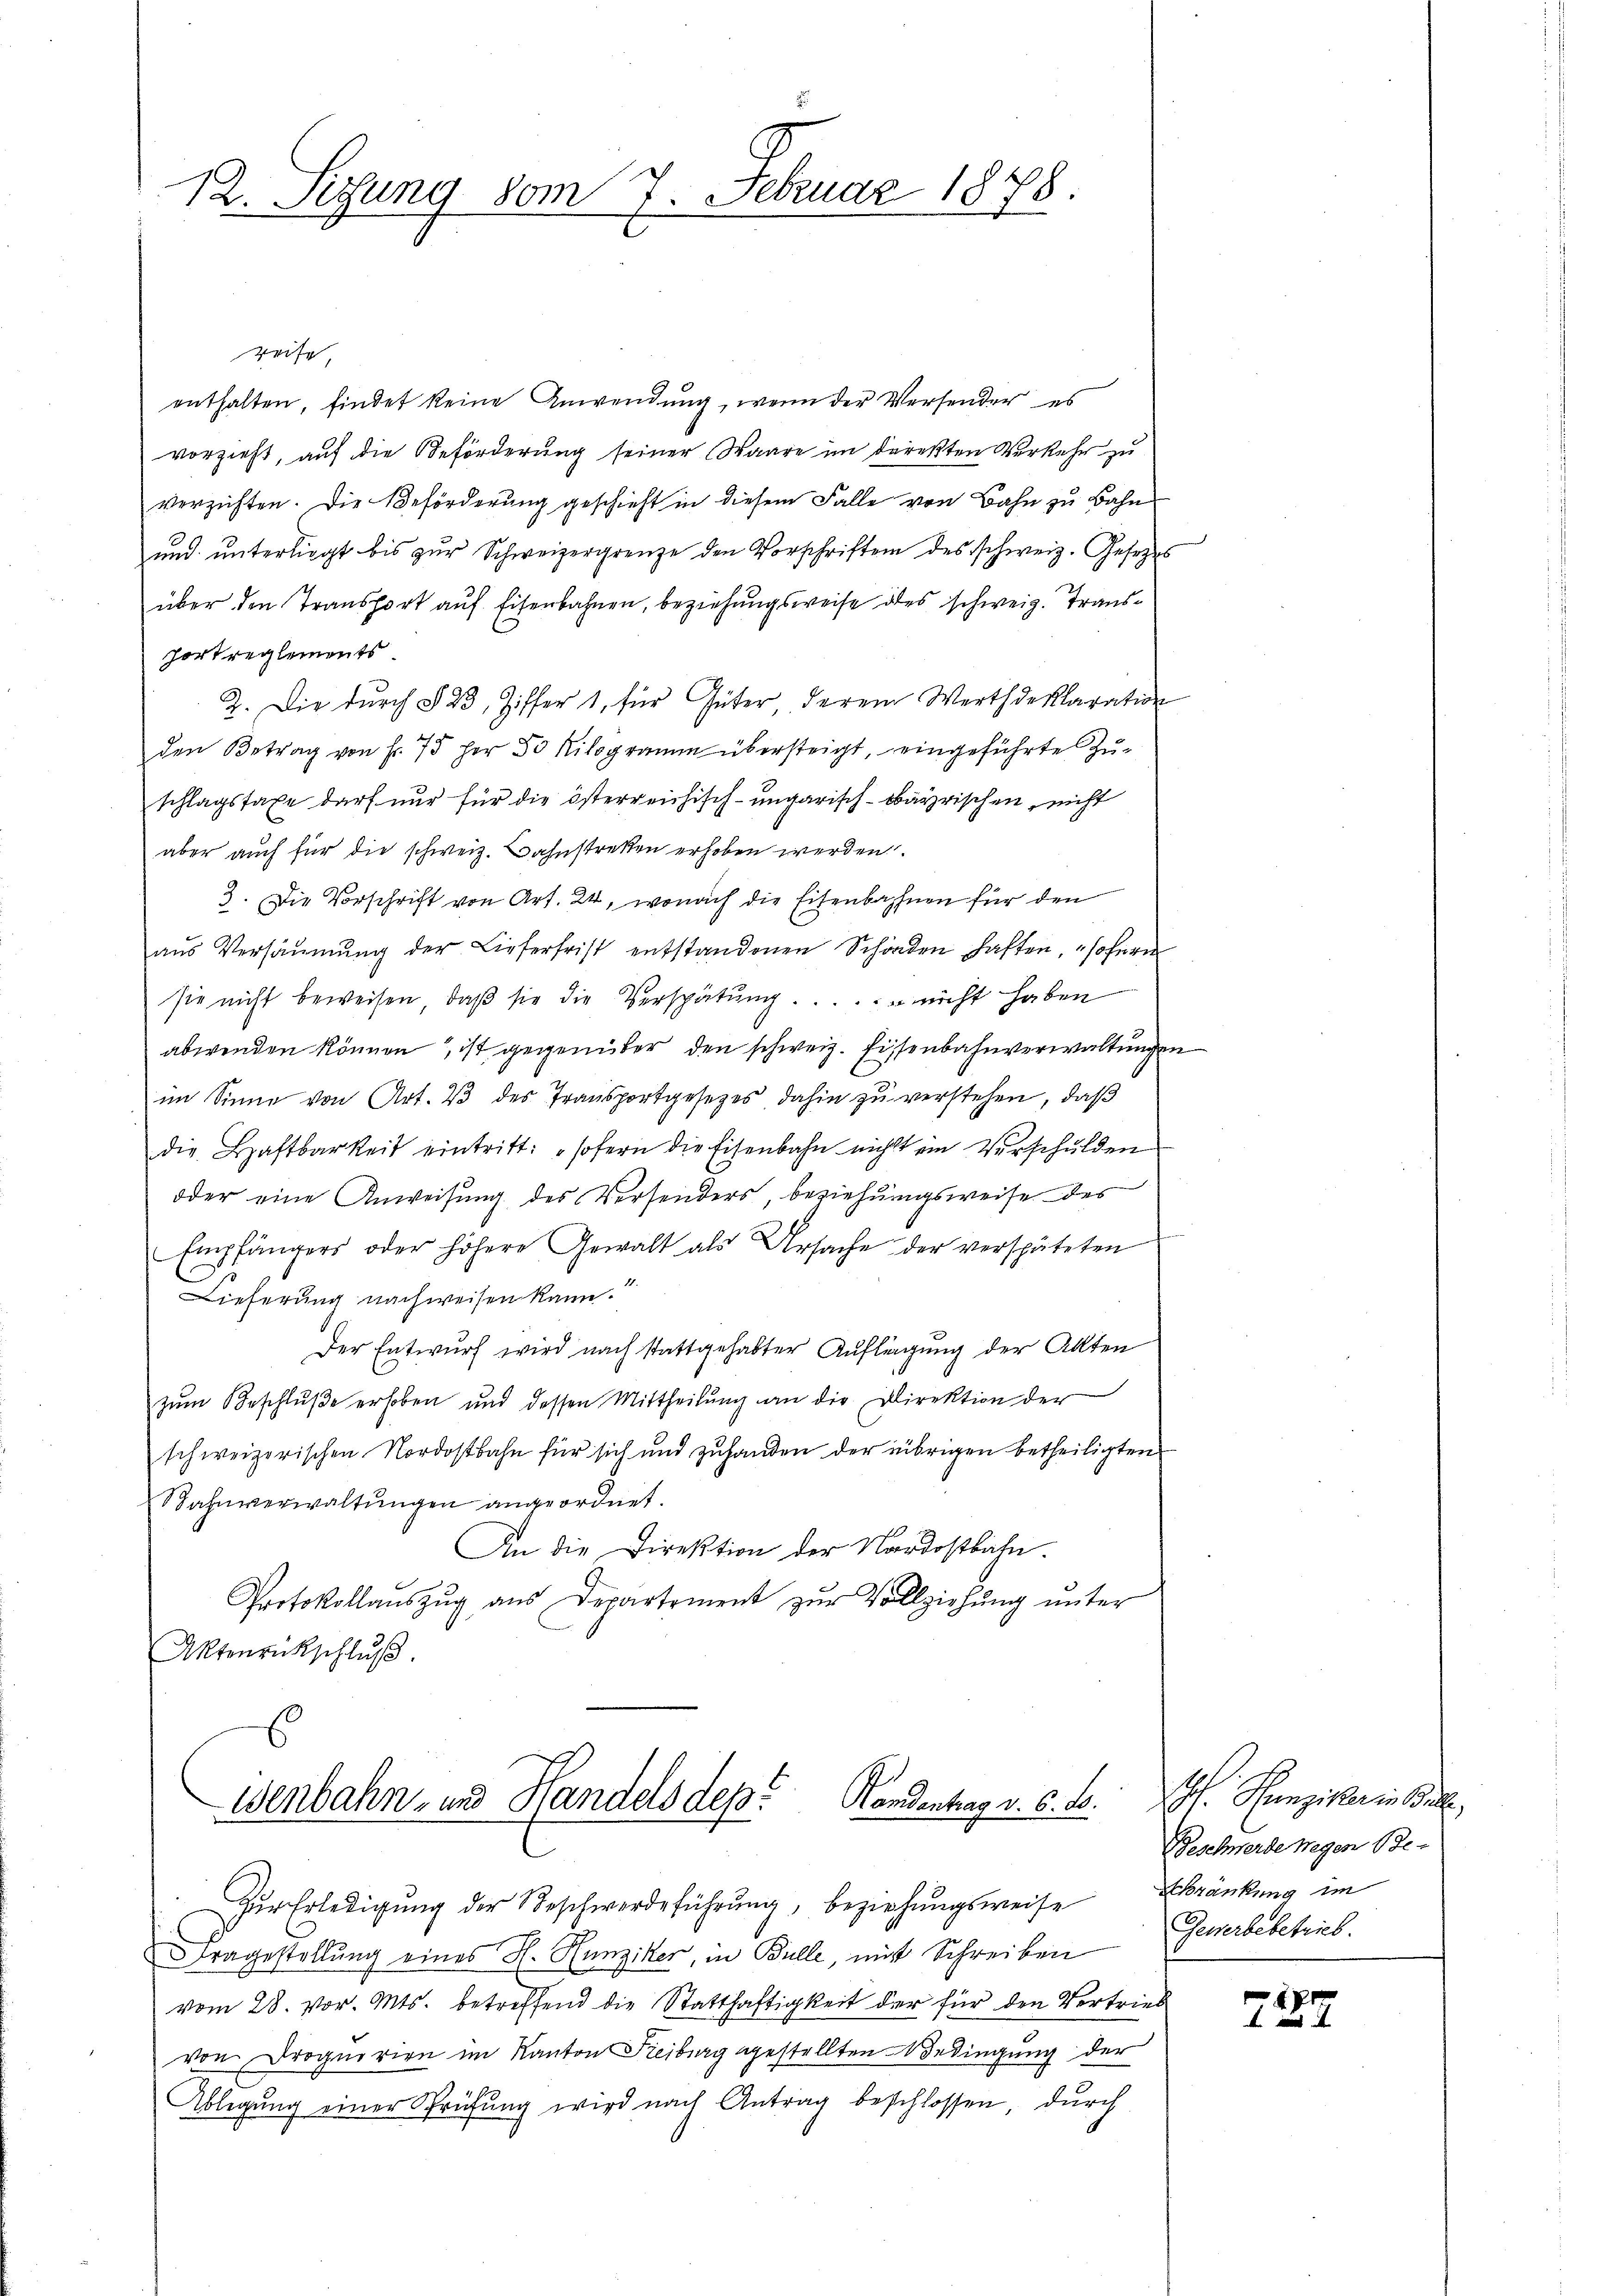
12. Segung vom 7. Februar 1878.

reise,
enthalten, findet keine Anwendung, wenn der Versender es
vorzieht, auf die Beförderung seiner Waare im direkten Verkehr zu
verzichten. Die Beförderung geschieht in diesem Falle von Bahn zu Bahn
und unterliegt bis zur Schweizergrenze den Vorschriften des schweiz. Gesetzes
über den Transport auf Eisenbahnen, beziehungsweise des schweiz. Transfort reglements
2. Die durch § 23, Ziffer 1, für Güter derem Werthdeklaration
den Betrag von f. 75 her 50 Kilogramm übersteigt, eingeführte Zu-
schlagstaxe darf nur für die österreichisch-ungarisch-bayrischen, nicht
aber auch für die schweiz. Bahnstreken erhoben werden.
3. Die Vorschrift von Art. 24, wonach die Eisenbahnen für den
aŭs Versäumung der Lieferfrist entstandenen Schinden haften, sofern
sie nicht beweisen, daβ sie die Verspätung. . . . . . nicht haben
abwenden können, ist gegenüber den schweiz. Eisenbahnverwaltungen
im Sinne von Art. 2 des Transportgesetzes, dahin zu verstehen, daß
die Haftbarkeit eintritt: "sofern die Eisenbahn nicht ein Verschulden
oder eine Anweisung des Versenders, beziehungsweise des
Empfängers oder höhere Gewalt als Ursache der verspäteten
Lieferung nachweisen kann.
Der Entwurf wird nach stattgehabter Auflagung der Allten
zŭm Beschlŭβe erhoben und dessen Mittheilŭng an die Direktion der
schweizerischen Nordostbahn für sich und zuhanden der übrigen betheiligten
Bahnverwaltŭngen angeordnet.
An die Direktion der Nordostbahn.
Protokollaŭszŭg aŭs Departement zŭr Vollziehŭng ŭnter
Aktenrückschlŭβ

s
Wenbahn- und Handels des Handentrag v. 6. d.

Zŭr Erledigŭng der Beschwerdeführŭng, beziehŭngsweise Erkränkung im
tragestellung eines H. Hunziker, in Bulle, mit Schreiben
vom 28. vor. Mts. betreffend die Statthaftigkeit der für den Vertrieb
von Drognorien im Kanton Freiburg gestellten Bedingung der
Ablegŭng einer Prüfŭng wird nach Antrag beschlossen, durch

Gf. Hunziker in Be
Beschwerde wegen Be-
Gewerbebetrieb.

787